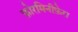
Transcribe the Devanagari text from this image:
फ़ोरमिनीफ़ेरा